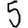
Digit: 5